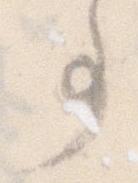
事